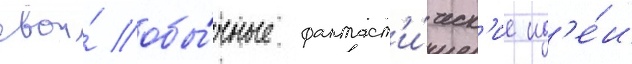
свои́ обы́чные фантаст'и́ческ'ие ид'е́и